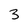
Character: 3